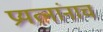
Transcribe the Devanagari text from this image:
प्रयत्नांनाच